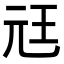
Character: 㒬